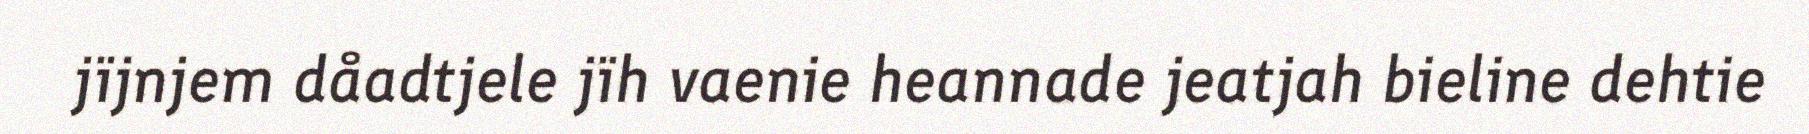
jïjnjem dåadtjele jïh vaenie heannade jeatjah bieline dehtie